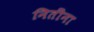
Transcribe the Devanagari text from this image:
नितींना